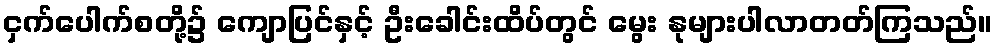
ငှက်ပေါက်စတို့၌ ကျောပြင်နှင့် ဦးခေါင်းထိပ်တွင် မွေး နုများပါလာတတ်ကြသည်။